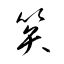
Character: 笶